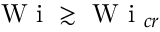
\textrm { W i } \gtrsim \textrm { W i } _ { c r }